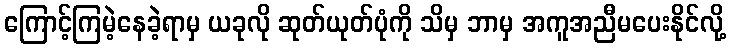
ကြောင့်ကြမဲ့နေခဲ့ရာမှ ယခုလို ဆုတ်ယုတ်ပုံကို သိမှ ဘာမှ အကူအညီမပေးနိုင်လို့